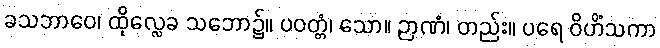
ခသဘာဝေ၊ ထိုလ္လေခ သဘော၌။ ပဝတ္တံ၊ သော။ ဉာဏံ၊ တည်း။ ပရေ ဝိဟိံသကာ